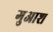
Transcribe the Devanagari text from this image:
गुआश